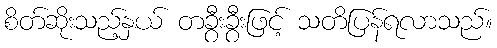
စိတ်ဆိုးသည့်နှယ် တခွီးခွီးဖြင့် သတိပြန်ရလာသည်။